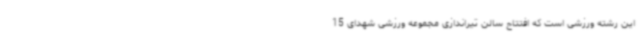
این رشته ورزشی است که افتتاح سالن تیراندازی مجموعه ورزشی شهدای 15